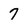
Character: 7